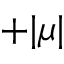
+ | \mu |